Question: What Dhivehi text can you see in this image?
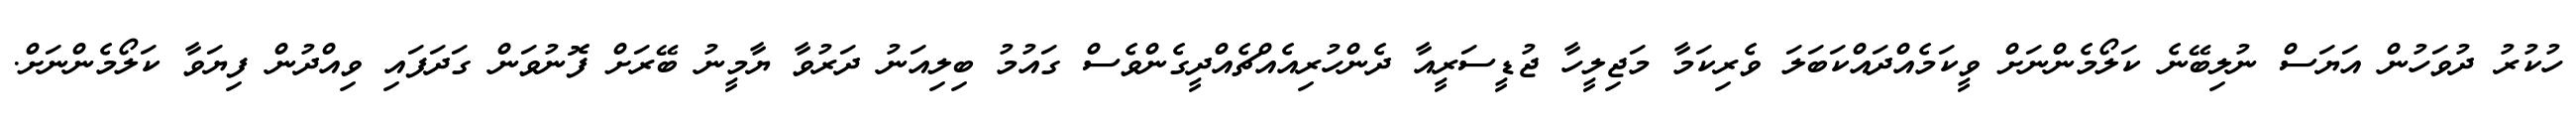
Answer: ހުކުރު ދުވަހުން އަޔަސް ނުލިބޭނެ ކަލޯމެންނަށް ވީކަމެއްދައްކަބަލަ ވެރިކަމާ މަޖިލީހާ ޖުޑީސަރީއާ ދެންހުރިއެއްޗެއްދީގެންވެސް ގައުމު ބިލިއަނު ދަރުވާ ޔާމީނު ބޭރަށް ފޮނުވަން ގަދަފައި ވިއްދުން ފިޔަވާ ކަލޯމެންނަށް.